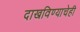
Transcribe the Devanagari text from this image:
दाखविण्याचेही